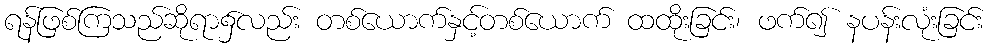
ရန်ဖြစ်ကြသည်ဆိုရာ၌လည်း တစ်ယောက်နှင့်တစ်ယောက် ထထိုးခြင်း၊ ဖက်၍ နပန်းလုံးခြင်း